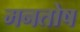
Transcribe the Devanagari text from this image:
मनतोष